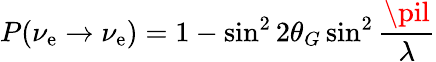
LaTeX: P(\nu_{\mathrm{e}}\rightarrow\nu_{\mathrm{e}})=1-\sin^{2}2\theta_{G}\sin^{2}\frac{{\pil}}{{\lambda}}